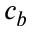
c _ { b }